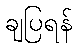
ချပြရန်